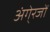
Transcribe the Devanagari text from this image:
अंगे्रजों